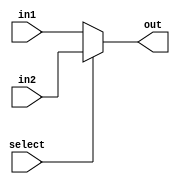
module MUX_2x1 # (parameter N = 32)(
// define input  port
input wire [N-1:0] in1,
input wire[N-1:0] in2, 
input wire select,
// define the output port
output wire [N-1:0]out
);
// assign one of the inputs to the output based upon select line input
assign out = (select==1'b1) ? in2 : in1;
endmodule